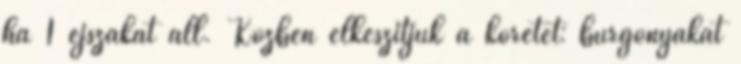
ha 1 éjszakát áll. Közben elkészítjük a köretet: burgonyákat